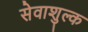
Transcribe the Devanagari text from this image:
सेवाशुल्क